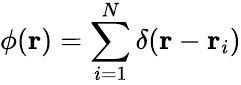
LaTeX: \phi(\mathbf{r})=\sum_{i=1}^{N}\delta(\mathbf{r}-\mathbf{r}_{i})